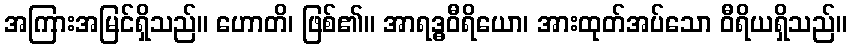
အကြားအမြင်ရှိသည်။ ဟောတိ၊ ဖြစ်၏။ အာရဒ္ဓဝီရိယော၊ အားထုတ်အပ်သော ဝီရိယရှိသည်။